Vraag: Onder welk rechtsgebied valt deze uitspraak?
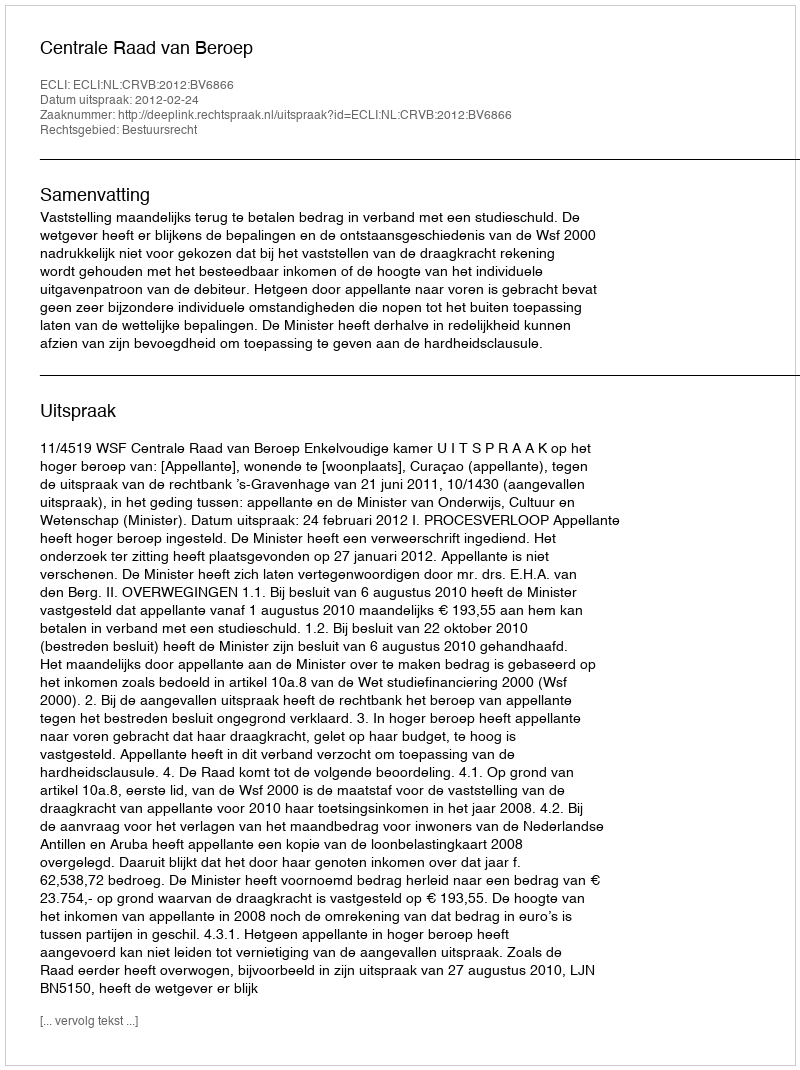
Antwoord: Bestuursrecht